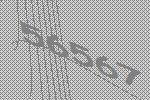
56567